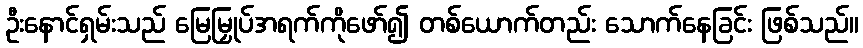
ဦးနောင်ရှမ်းသည် မြေမြှုပ်အရက်ကိုဖော်၍ တစ်ယောက်တည်း သောက်နေခြင်း ဖြစ်သည်။